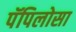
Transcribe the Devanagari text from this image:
पॅपिलोसा